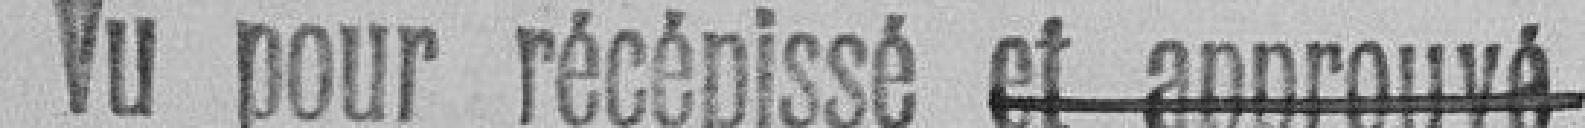
Vu pour récépissé et approuvé (barré)